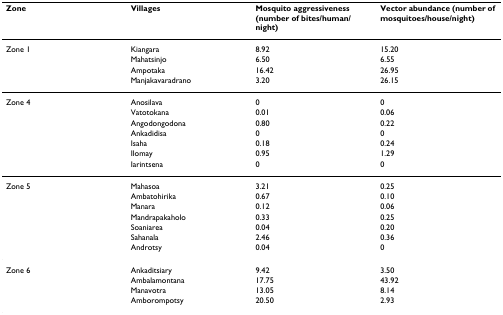
<table><thead><tr><td><b>Zone</b></td><td><b>Villages</b></td><td><b>Mosquito aggressiveness (number of bites/human/night)</b></td><td><b>Vector abundance (number of mosquitoes/house/night)</b></td></tr></thead><tbody><tr><td>Zone 1</td><td>Kiangara</td><td>8.92</td><td>15.20</td></tr><tr><td></td><td>Mahatsinjo</td><td>6.50</td><td>6.55</td></tr><tr><td></td><td>Ampotaka</td><td>16.42</td><td>26.95</td></tr><tr><td></td><td>Manjakavaradrano</td><td>3.20</td><td>26.15</td></tr><tr><td>Zone 4</td><td>Anosilava</td><td>0</td><td>0</td></tr><tr><td></td><td>Vatotokana</td><td>0.01</td><td>0.06</td></tr><tr><td></td><td>Angodongodona</td><td>0.80</td><td>0.22</td></tr><tr><td></td><td>Ankadidisa</td><td>0</td><td>0</td></tr><tr><td></td><td>Isaha</td><td>0.18</td><td>0.24</td></tr><tr><td></td><td>Ilomay</td><td>0.95</td><td>1.29</td></tr><tr><td></td><td>Iarintsena</td><td>0</td><td>0</td></tr><tr><td>Zone 5</td><td>Mahasoa</td><td>3.21</td><td>0.25</td></tr><tr><td></td><td>Ambatohirika</td><td>0.67</td><td>0.10</td></tr><tr><td></td><td>Manara</td><td>0.12</td><td>0.06</td></tr><tr><td></td><td>Mandrapakaholo</td><td>0.33</td><td>0.25</td></tr><tr><td></td><td>Soaniarea</td><td>0.04</td><td>0.20</td></tr><tr><td></td><td>Sahanala</td><td>2.46</td><td>0.36</td></tr><tr><td></td><td>Androtsy</td><td>0.04</td><td>0</td></tr><tr><td>Zone 6</td><td>Ankaditsiary</td><td>9.42</td><td>3.50</td></tr><tr><td></td><td>Ambalamontana</td><td>17.75</td><td>43.92</td></tr><tr><td></td><td>Manavotra</td><td>13.05</td><td>8.14</td></tr><tr><td></td><td>Amborompotsy</td><td>20.50</td><td>2.93</td></tr></tbody></table>